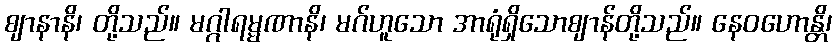
ဈာနာနိ၊ တို့သည်။ မဂ္ဂါရမ္မဏာနိ၊ မဂ်ဟူသော အာရုံရှိသောဈာန်တို့သည်။ နေဝဟောန္တိ၊